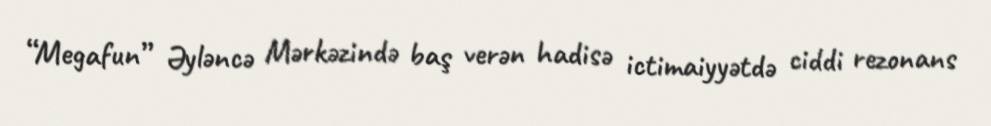
“Megafun” Əyləncə Mərkəzində baş verən hadisə ictimaiyyətdə ciddi rezonans